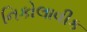
નિકોલાવીક